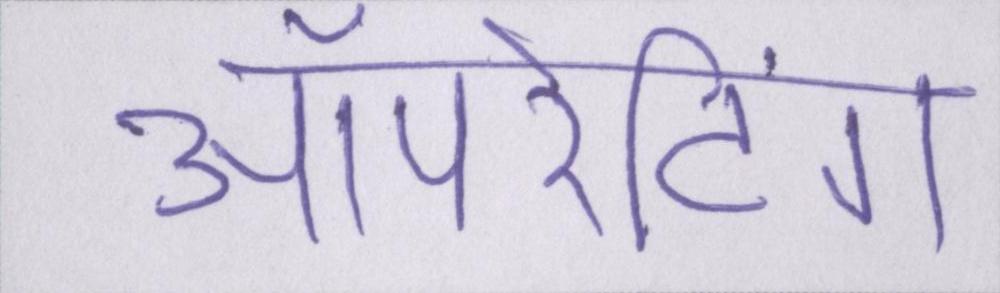
ऑपरेटिंग